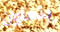
يتعاون